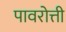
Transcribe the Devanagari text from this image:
पावरोत्ती